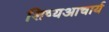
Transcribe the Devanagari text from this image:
शिष्यआचार्य